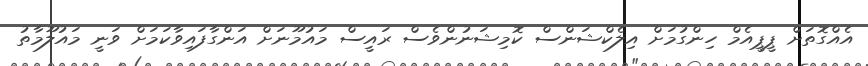
އެއްގޮތަށް ޕީޕީއެމް ހިންގުމަށް އިލެކްޝަންސް ކޮމިޝަނުންވެސް ރައީސް މައުމޫނަށް އަންގާފައިވާކަމަށް ވަނީ މައުލޫމާތު